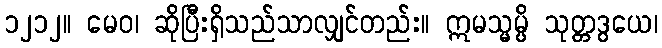
၁၂၁၂။ မေဝ၊ ဆိုပြီးရှိသည်သာလျှင်တည်း။ ဣမသ္မမ္ပိ သုတ္တဒွယေ၊